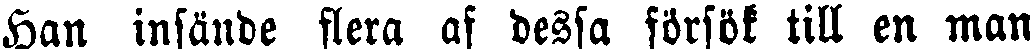
Han insände flera af dessa försök till en man